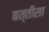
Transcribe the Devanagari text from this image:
बत्तीसा